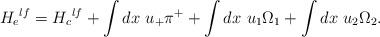
LaTeX: \begin{align*}{H_e}^{lf} = {H_c}^{lf} + \int dx~u_{+}\pi^{+}+\int dx~u_{1}\Omega_1 +\int dx~u_{2}\Omega_{2}.\end{align*}